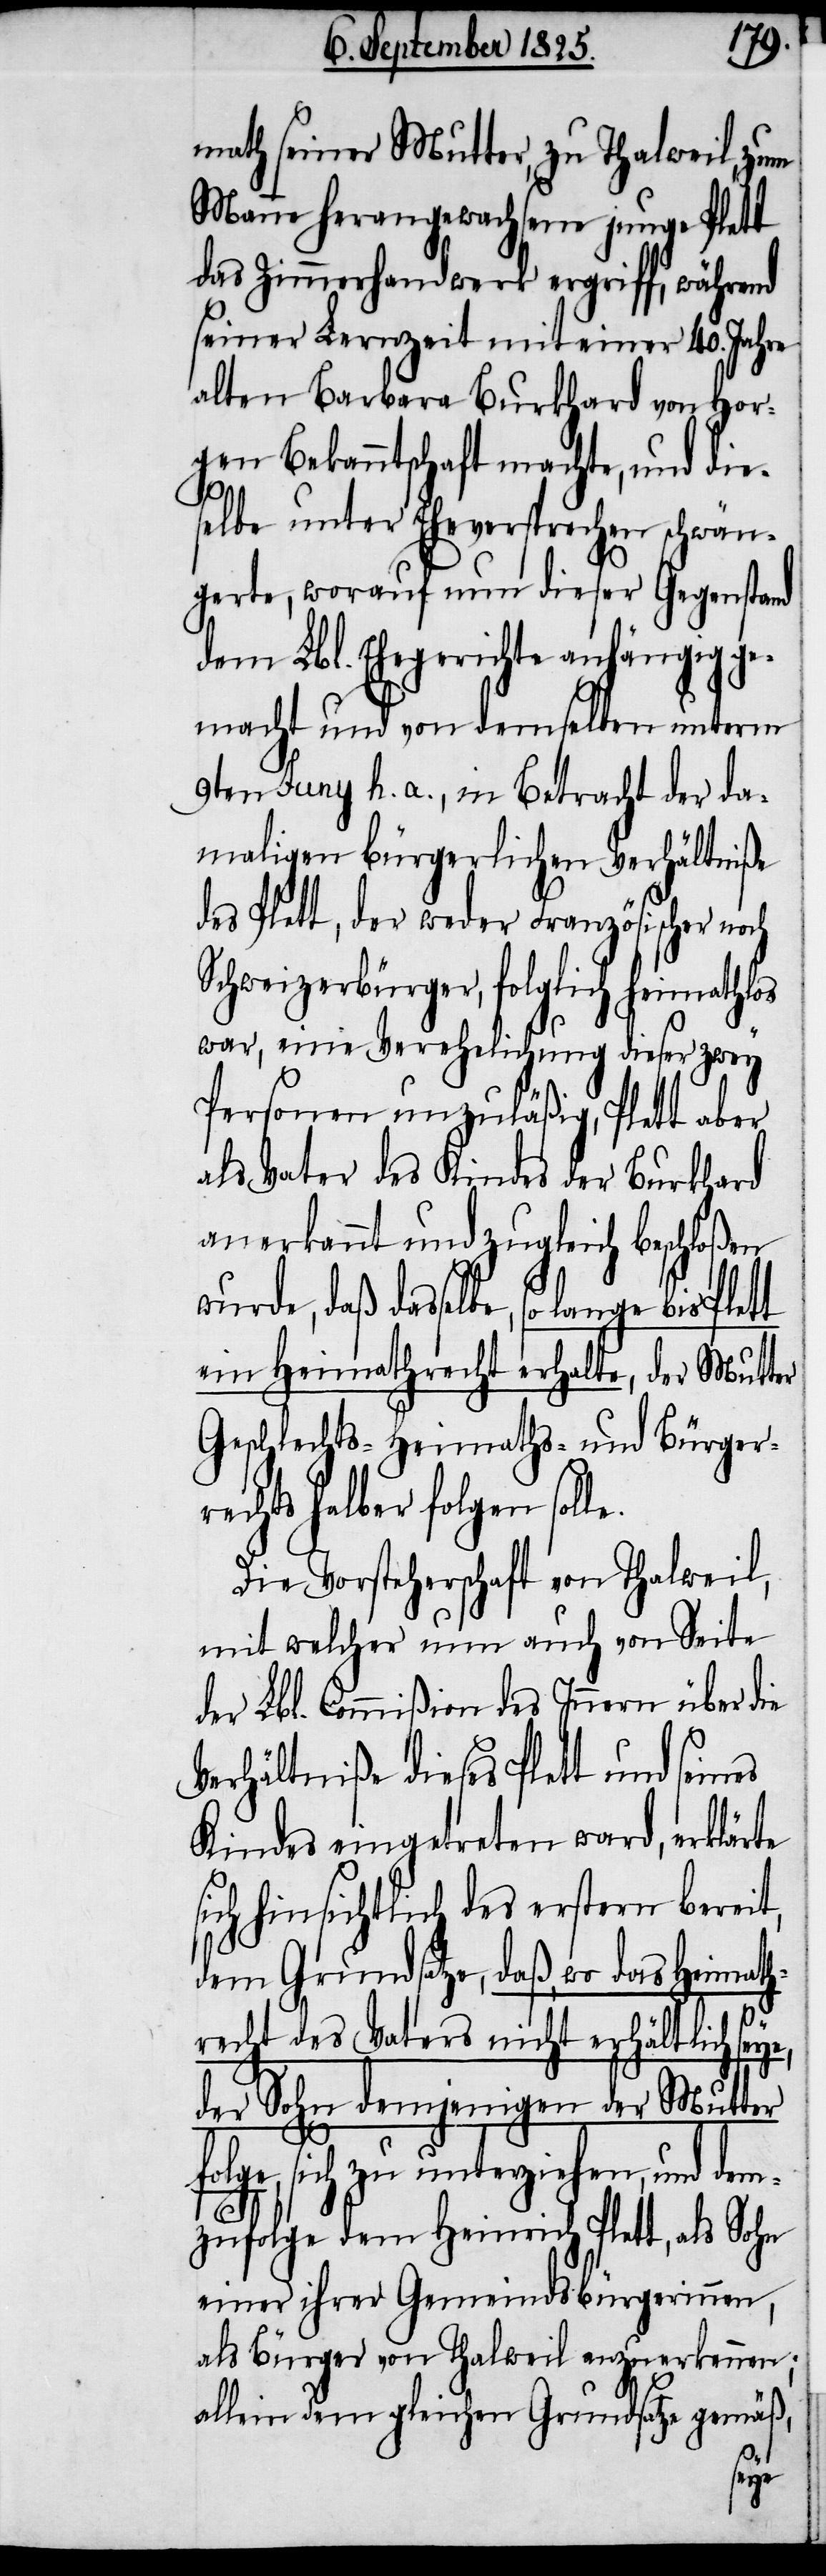
es
math seiner Mutter, zu Thalweil, zum
Manne herangewachsene junge Plett
das Zimmerhandwerk ergriff, während
seiner Lernzeit mit einer 40. Jah¬
alten Barbara Burkhard von Hor¬
gen Bekanntschaft machte, und die¬
selbe unter Eheversprechen schwän¬
gerte, worauf nun dieser Gegenstand
dem Lbl. Ehegerichte anhängig
macht und von demselben unterm
9ten Juny h. a., in Betracht der da¬
maligen bürgerlichen Verhältniße
des Plett, der weder Französischer no¬
Schweizerbürger, folglich heimathlos
war, eine Verehelichung dieser zwey
Personen unzuläßig, Plett aber
als Vater des Kindes der Burkhard
anerkannt und zugleich beschloßen
wurde, daß dasselbe, so lange
ein Heimathrecht erhalte, der Mutter
Geschlechts-Heimaths- und Bürger¬
rechts halber folgen soll¬
Die Vorsteherschaft von Thalweil,
mit welcher nun auch von Seite
der Lbl. Commißion des Innern über die
Verhältniße dieses Plett und sein¬
Kindes eingetreten ward, erklärte
ich hinsichtlich des erstern bereit,
dem Grundsatze, daß, wo das Heimath¬
s¬
recht des Vaters nicht erhältlich
folg¬
der Sohn demjenigen der Mutter
e, sich zu unterziehen, und dem¬
zufolge dem Heinrich Plett, als Sohn
einer ihrer Gemeindsbürgerinnen,
als Bürger von Thalweil anzuerkennen;
allein dem gleichen Grundsatze gemäß,